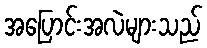
အပြောင်းအလဲများသည်